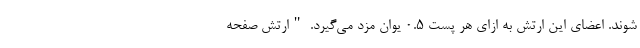
‌شوند. اعضای این ارتش به ازای هر پست 0.5 یوان مزد می‌گیرد. "ارتش صفحه